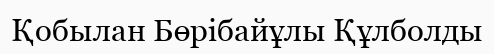
Қобылан Бөрібайұлы Құлболды